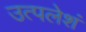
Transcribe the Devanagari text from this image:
उत्पलेशं